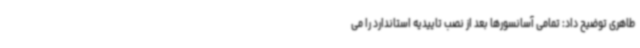
طاهری توضیح داد: تمامی آسانسورها بعد از نصب تاییدیه استاندارد را می